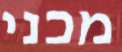
מכני